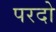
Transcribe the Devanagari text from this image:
परदो